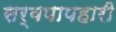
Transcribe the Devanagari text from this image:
सर्वपापहारी